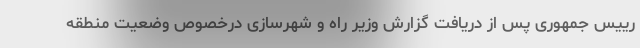
رییس جمهوری پس از دریافت گزارش وزیر راه و شهرسازی درخصوص وضعیت منطقه